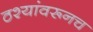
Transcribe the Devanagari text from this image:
ठश्यांवरूनच